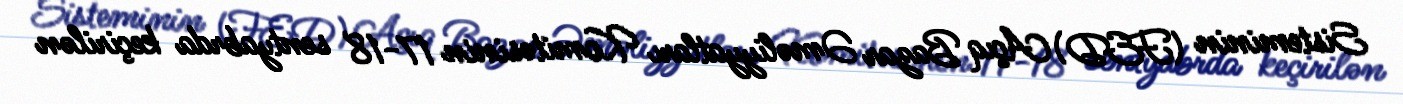
Sisteminin (FED) Açıq Bazar Əməliyyatları Komitəsinin 17-18 sentyabrda keçirilən